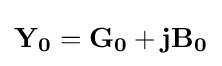
\mathbf {Y_{0}} =\mathbf {G_{0}} +\mathbf {j} \mathbf {B_{0}}